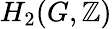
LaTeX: H_{2}(G,\mathbb{Z})